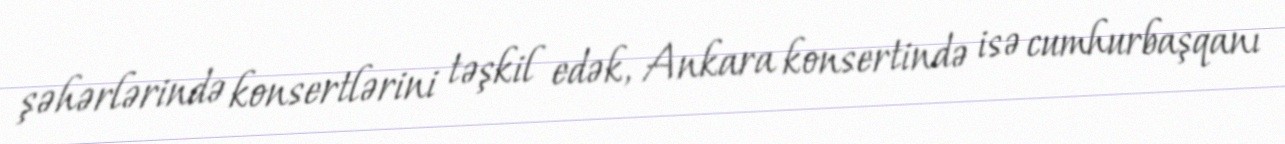
şəhərlərində konsertlərini təşkil edək, Ankara konsertində isə cumhurbaşqanı